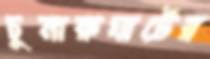
চুনারুঘাটের